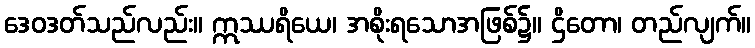
ဒေဝဒတ်သည်လည်း။ ဣဿရိယေ၊ အစိုးရသောအဖြစ်၌။ ဌိတော၊ တည်လျက်။